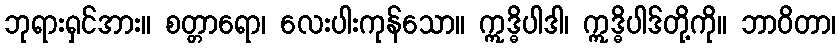
ဘုရားရှင်အား။ စတ္တာရော၊ လေးပါးကုန်သော။ ဣဒ္ဓိပါဒါ၊ ဣဒ္ဓိပါဒ်တို့ကို။ ဘာဝိတာ၊